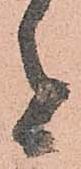
者